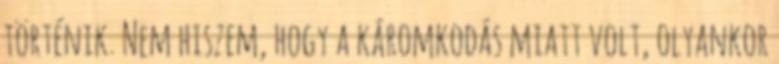
történik. Nem hiszem, hogy a káromkodás miatt volt, olyankor